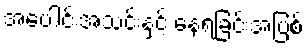
အပေါင်းအသင်းနှင့် နေရခြင်းအပြစ်